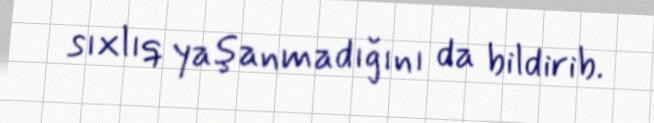
sıxlıq yaşanmadığını da bildirib.